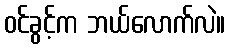
ဝင်ခွင့်က ဘယ်လောက်လဲ။